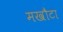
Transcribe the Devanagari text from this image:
मखौटा